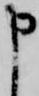
申